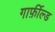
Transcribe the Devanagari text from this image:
गार्फ़ील्ड